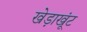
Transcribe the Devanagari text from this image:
खेड़ाखूंट